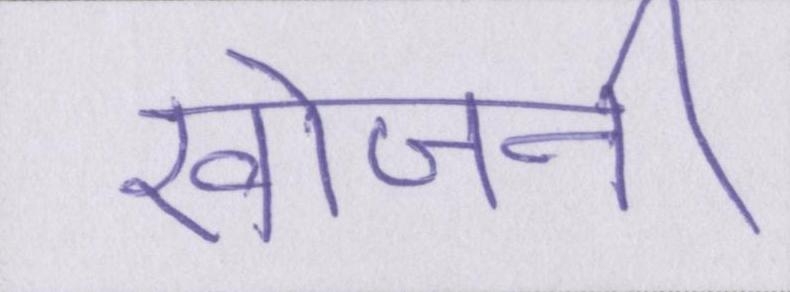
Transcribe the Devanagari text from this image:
खोजनी